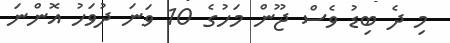
މި ދެ ބިޑު ވެސް ޖޫން މަހުގެ 10 ވަނަ ދުވަހު އޮންނަ